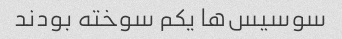
سوسیس‌ها یکم سوخته بودند